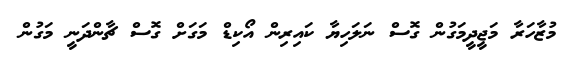
މުޒާހަރާ މަޖީދީމަގުން ގޮސް ނަލަހިޔާ ކައިރިން އޯކިޑް މަގަށް ގޮސް ޗާންދަނީ މަގުން